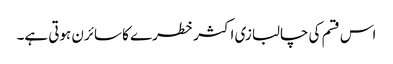
اس قسم کی چالبازی اکثر خطرے کا سائرن ہوتی ہے۔